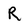
Character: R